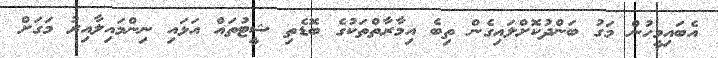
އެބައިމީހުން މަގު ބަންދުކޮށްލައިގެން ތިބެ އިމާރާތްތަކުގެ ބޮޑެތި ޝީޓުތައް އަޅައި ނިންމައިލާއިރު މަގަށް